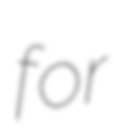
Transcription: for